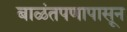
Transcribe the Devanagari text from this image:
बाळंतपणापासून